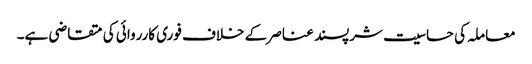
معاملہ کی حساسیت شرپسند عناصر کے خلاف فوری کارروائی کی متقاضی ہے۔